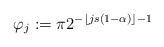
LaTeX: \begin{align*}\varphi_j:=\pi 2^{-\lfloor js(1-\alpha) \rfloor-1}\end{align*}